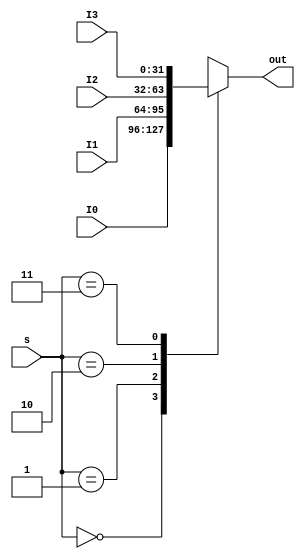

module mux4to1 #(

		parameter N = 32

)
(
		input[N-1:0] I0,I1,I2,I3,
		input[1:0] s,
		output reg[N-1:0] out

);

always @(*) begin

		case(s)
			2'b00: out = I0;
			2'b01: out = I1;
			2'b10: out = I2;
			2'b11: out = I3;
		endcase
	end	

endmodule